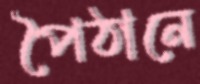
পৈঠানে